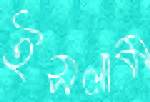
ইসলাম